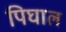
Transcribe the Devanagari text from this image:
पिघाल